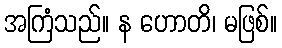
အကြံသည်။ န ဟောတိ၊ မဖြစ်။